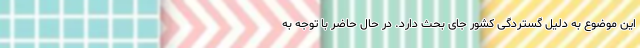
این موضوع به دلیل گستردگی کشور جای بحث دارد. در حال حاضر با توجه به